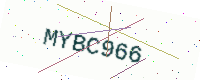
Text: MYBC966